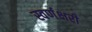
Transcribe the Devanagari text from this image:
स्वर्णक्षरी